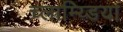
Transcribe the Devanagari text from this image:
च्लाम्य्डिया